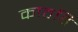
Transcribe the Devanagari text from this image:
काठहि